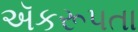
ઍકરૂપતા